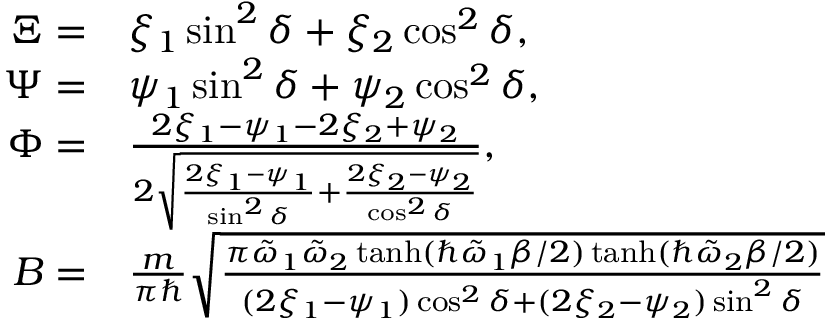
\begin{array} { r l } { \Xi = } & { \xi _ { 1 } \sin ^ { 2 } \delta + \xi _ { 2 } \cos ^ { 2 } \delta , } \\ { \Psi = } & { \psi _ { 1 } \sin ^ { 2 } \delta + \psi _ { 2 } \cos ^ { 2 } \delta , } \\ { \Phi = } & { \frac { 2 \xi _ { 1 } - \psi _ { 1 } - 2 \xi _ { 2 } + \psi _ { 2 } } { 2 \sqrt { \frac { 2 \xi _ { 1 } - \psi _ { 1 } } { \sin ^ { 2 } \delta } + \frac { 2 \xi _ { 2 } - \psi _ { 2 } } { \cos ^ { 2 } \delta } } } , } \\ { B = } & { \frac { m } { \pi \hbar } \sqrt { \frac { \pi \tilde { \omega } _ { 1 } \tilde { \omega } _ { 2 } \operatorname { t a n h } ( \hbar \tilde { \omega } _ { 1 } \beta / 2 ) \operatorname { t a n h } ( \hbar \tilde { \omega } _ { 2 } \beta / 2 ) } { ( 2 \xi _ { 1 } - \psi _ { 1 } ) \cos ^ { 2 } \delta + ( 2 \xi _ { 2 } - \psi _ { 2 } ) \sin ^ { 2 } \delta } } } \end{array}